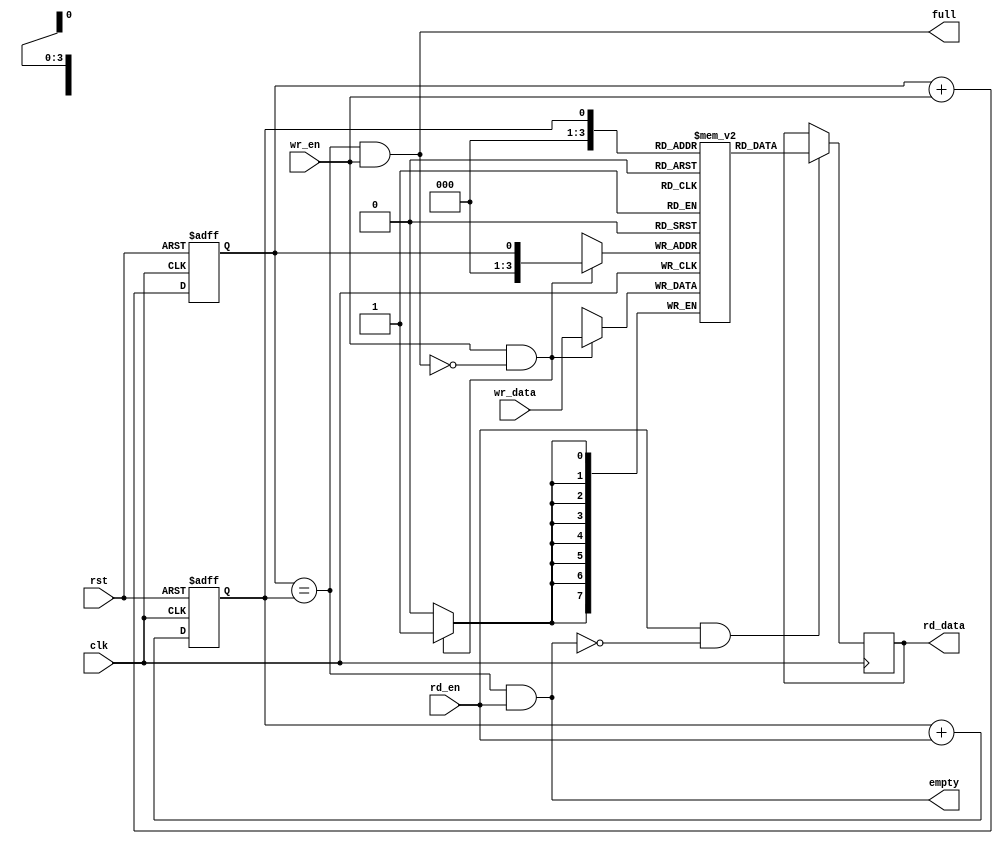
module LevelSensitiveFIFO (
    input wire clk,
    input wire rst,
    input wire wr_en,
    input wire [DATA_WIDTH-1:0] wr_data,
    input wire rd_en,
    output reg [DATA_WIDTH-1:0] rd_data,
    output reg full,
    output reg empty
);

parameter DATA_WIDTH = 8;
parameter FIFO_DEPTH = 16;

reg [DATA_WIDTH-1:0] fifo [FIFO_DEPTH-1:0];
reg wr_ptr = 0;
reg rd_ptr = 0;
reg wr_ptr_next, rd_ptr_next;

always @(posedge clk, posedge rst) begin
    if (rst) begin
        wr_ptr <= 0;
        rd_ptr <= 0;
    end else begin
        wr_ptr <= wr_ptr_next;
        rd_ptr <= rd_ptr_next;
    end
end

assign full = (wr_ptr == rd_ptr) && (wr_en);
assign empty = (wr_ptr == rd_ptr) && (rd_en);

always @(*) begin
    wr_ptr_next = wr_ptr + wr_en;
    rd_ptr_next = rd_ptr + rd_en;
end

always @(posedge clk) begin
    if (wr_en && !full) begin
        fifo[wr_ptr] <= wr_data;
    end
    
    if (rd_en && !empty) begin
        rd_data <= fifo[rd_ptr];
    end
end

endmodule